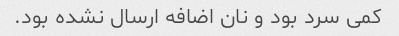
کمی سرد بود و نان اضافه ارسال نشده بود.